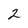
Character: 2